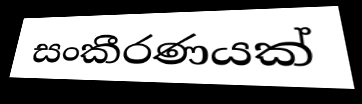
සංකීරණයක්